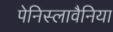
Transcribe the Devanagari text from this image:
पेनिस्लावैनिया